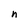
Character: n